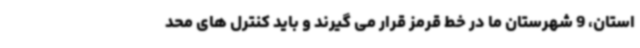
استان، 9 شهرستان ما در خط قرمز قرار می گیرند و باید کنترل های محد